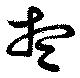
想